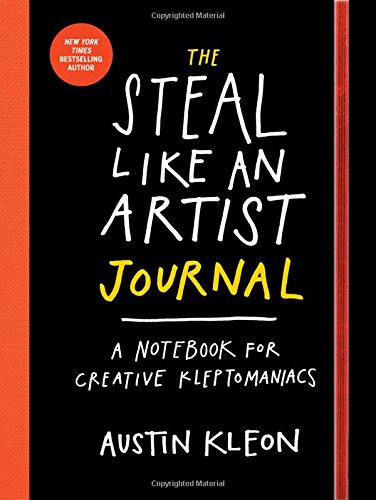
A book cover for The Steal Like an Artist Journal: A Notebook for Creative Kleptomaniacs; Austin Kleon; Arts & Photography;